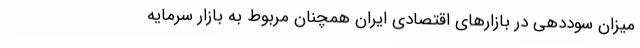
میزان سوددهی در بازارهای اقتصادی ایران همچنان مربوط به بازار سرمایه